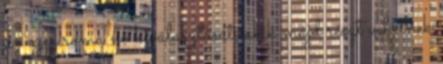
az ezer roma nő kiválasztását, akik majd részt vehetnek